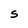
Character: S